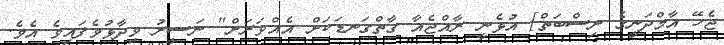
ޖެހޭ އާމްދަނީގެ ނިސްބަތް] އުޅެނީ ރާއްޖެއާ ގާތްގަނޑަކަށް އެއްވަރަށް" ނަސީރު ވިދާޅުވެފައިވެ އެވެ.